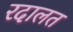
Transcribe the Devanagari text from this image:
रदालत